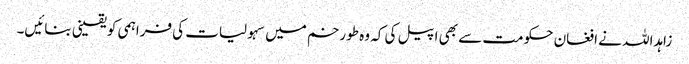
زاہداللہ نے افغان حکومت سے بھی اپیل کی کہ وہ طورخم میں سہولیات کی فراہمی کو یقینی بنائیں۔